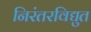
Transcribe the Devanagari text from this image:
निरंतरविद्युत